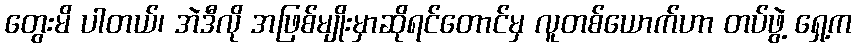
တွေးမိ ပါတယ်၊ အဲဒီလို အဖြစ်မျိုးမှာဆိုရင်တောင်မှ လူတစ်ယောက်ဟာ တပ်ဖွဲ့ ရှေ့က